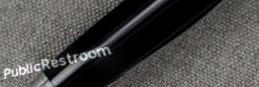
PublicRestroom